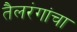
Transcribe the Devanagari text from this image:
तैलरंगांचा